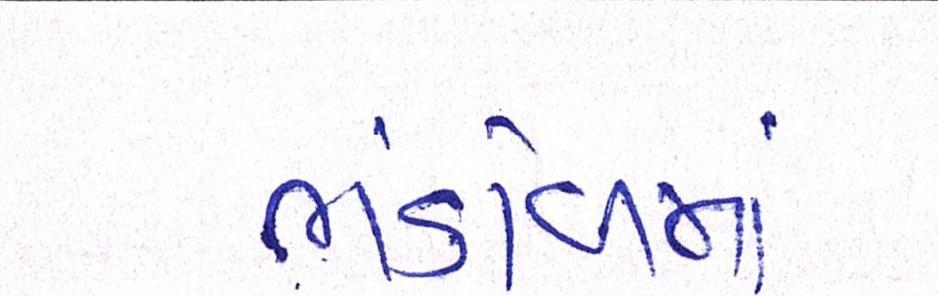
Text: ભંડોળમાં